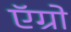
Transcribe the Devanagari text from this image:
ऍग्रो